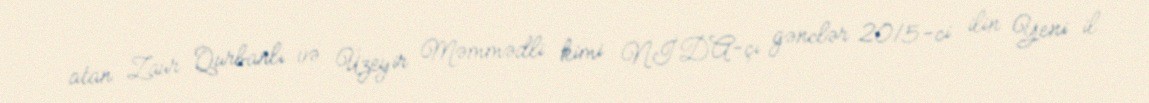
atan Zaur Qurbanlı və Üzeyir Məmmədli kimi NİDA-çı gənclər 2015-ci ilin Yeni il